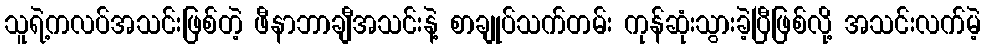
သူရဲ့ကလပ်အသင်းဖြစ်တဲ့ ဖီနာဘာချီအသင်းနဲ့ စာချုပ်သက်တမ်း ကုန်ဆုံးသွားခဲ့ပြီဖြစ်လို့ အသင်းလက်မဲ့